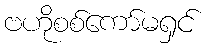
ဗဟိုစစ်ကော်မရှင်